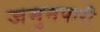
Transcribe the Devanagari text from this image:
जमुनपारी